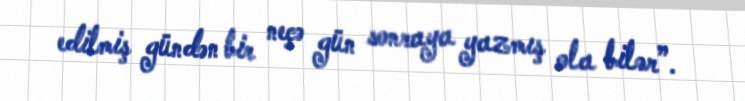
edilmiş gündən bir neçə gün sonraya yazmış ola bilər”.